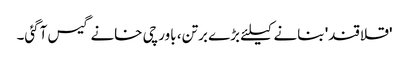
'قلاقند' بنانے کیلئے بڑے برتن، باورچی خانے گیس آگئی۔